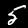
Digit: 5